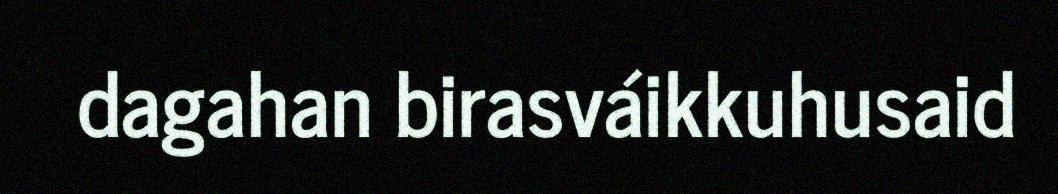
dagahan birasváikkuhusaid